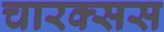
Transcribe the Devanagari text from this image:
चारक्सस